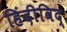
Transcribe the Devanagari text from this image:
हिंदीविद्‍